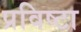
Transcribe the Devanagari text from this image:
प्रविष्टा